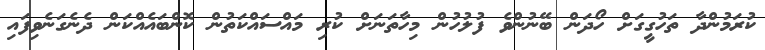
ކުރަމުންދާ ތަހުގީގަށް ހޯދަން ބޭނުންވެ ފުލުހުން މިހާތަނަށް ކުރި މައްސައްކަތުން ކޮންބައެއްކަން ދެނެގަނެވިފައި